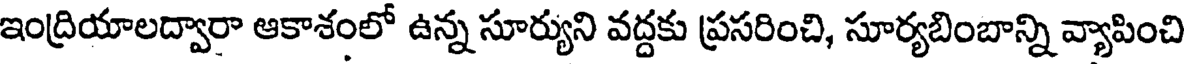
ఇంద్రియాలద్వారా ఆకాశంలో ఉన్న సూర్యుని వద్దకు ప్రసరించి, సూర్యబింబాన్ని వ్యాపించి